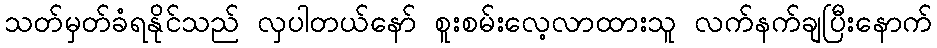
သတ်မှတ်ခံရနိုင်သည် လှပါတယ်နော် စူးစမ်းလေ့လာထားသူ လက်နက်ချပြီးနောက်